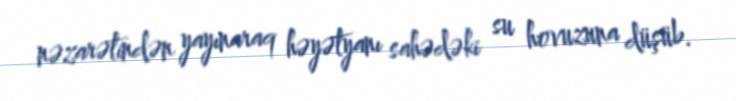
nəzarətindən yayınaraq həyətyanı sahədəki su hovuzuna düşüb.